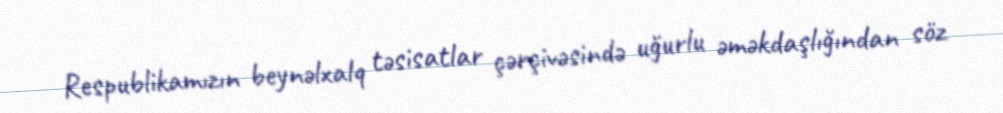
Respublikamızın beynəlxalq təsisatlar çərçivəsində uğurlu əməkdaşlığından söz